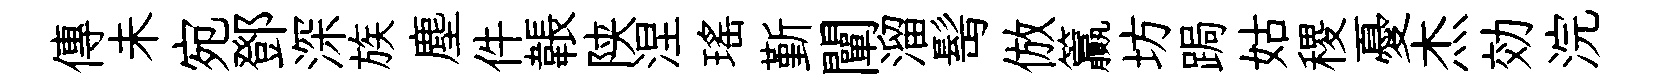
傳未宛鄧深族塵件韔陕涅瑤斳闡溜髩倣籯坊跼姑稷憂杰効浣